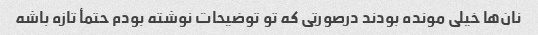
نان‌ها خیلی مونده بودند درصورتی که تو توضیحات نوشته بودم حتمأ تازه باشه